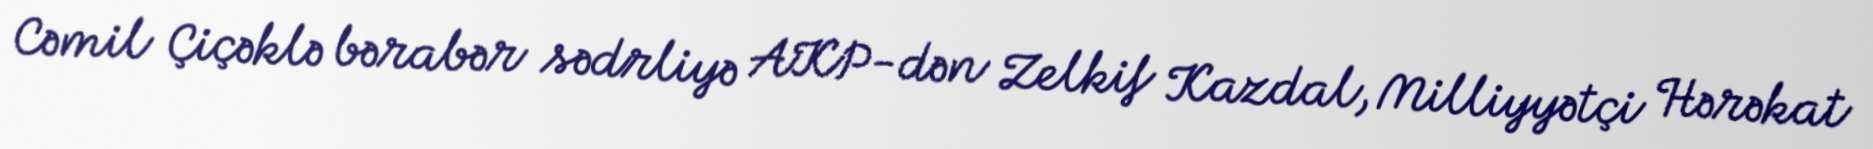
Cəmil Çiçəklə bərabər sədrliyə AKP-dən Zelkif Kazdal, Milliyyətçi Hərəkat